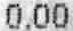
0.00